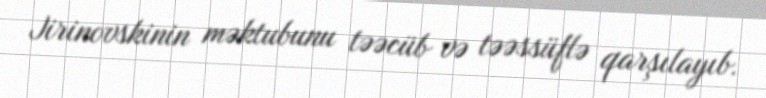
Jirinovskinin məktubunu təəcüb və təəssüflə qarşılayıb.